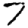
Digit: 7